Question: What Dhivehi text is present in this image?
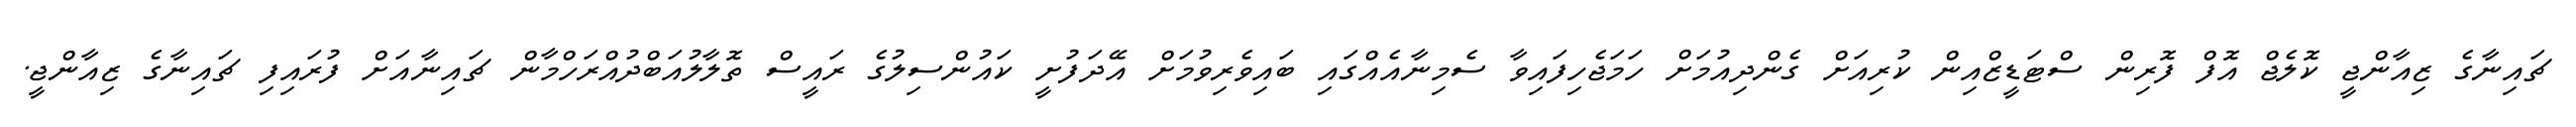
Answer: ޗައިނާގެ ޒިއާންޖީ ކޮލެޖް އޮފް ފޮރިން ސްޓަޑީޒްއިން ކުރިއަށް ގެންދިއުމަށް ހަމަޖެހިފައިވާ ސެމިނާއެއްގައި ބައިވެރިވުމަށް އޭދަފުށީ ކައުންސިލުގެ ރައީސް ތޮލާލުއަބްދުއްރަހްމާން ޗައިނާއަށް ފުރައިފި ޗައިނާގެ ޒިއާންޖީ.